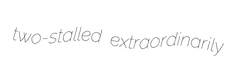
two-stalled extraordinarily